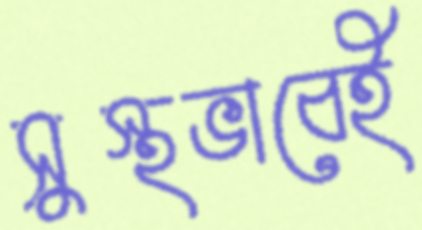
সুস্থভাবেই